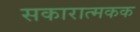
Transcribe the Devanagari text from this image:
सकारात्मकक